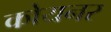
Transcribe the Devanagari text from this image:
कोयनर